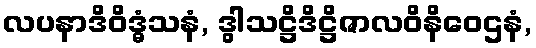
လပနာဒိဝိဒ္ဓံသနံ, ဒွါသဋ္ဌိဒိဋ္ဌိဇာလဝိနိဝေဌနံ,